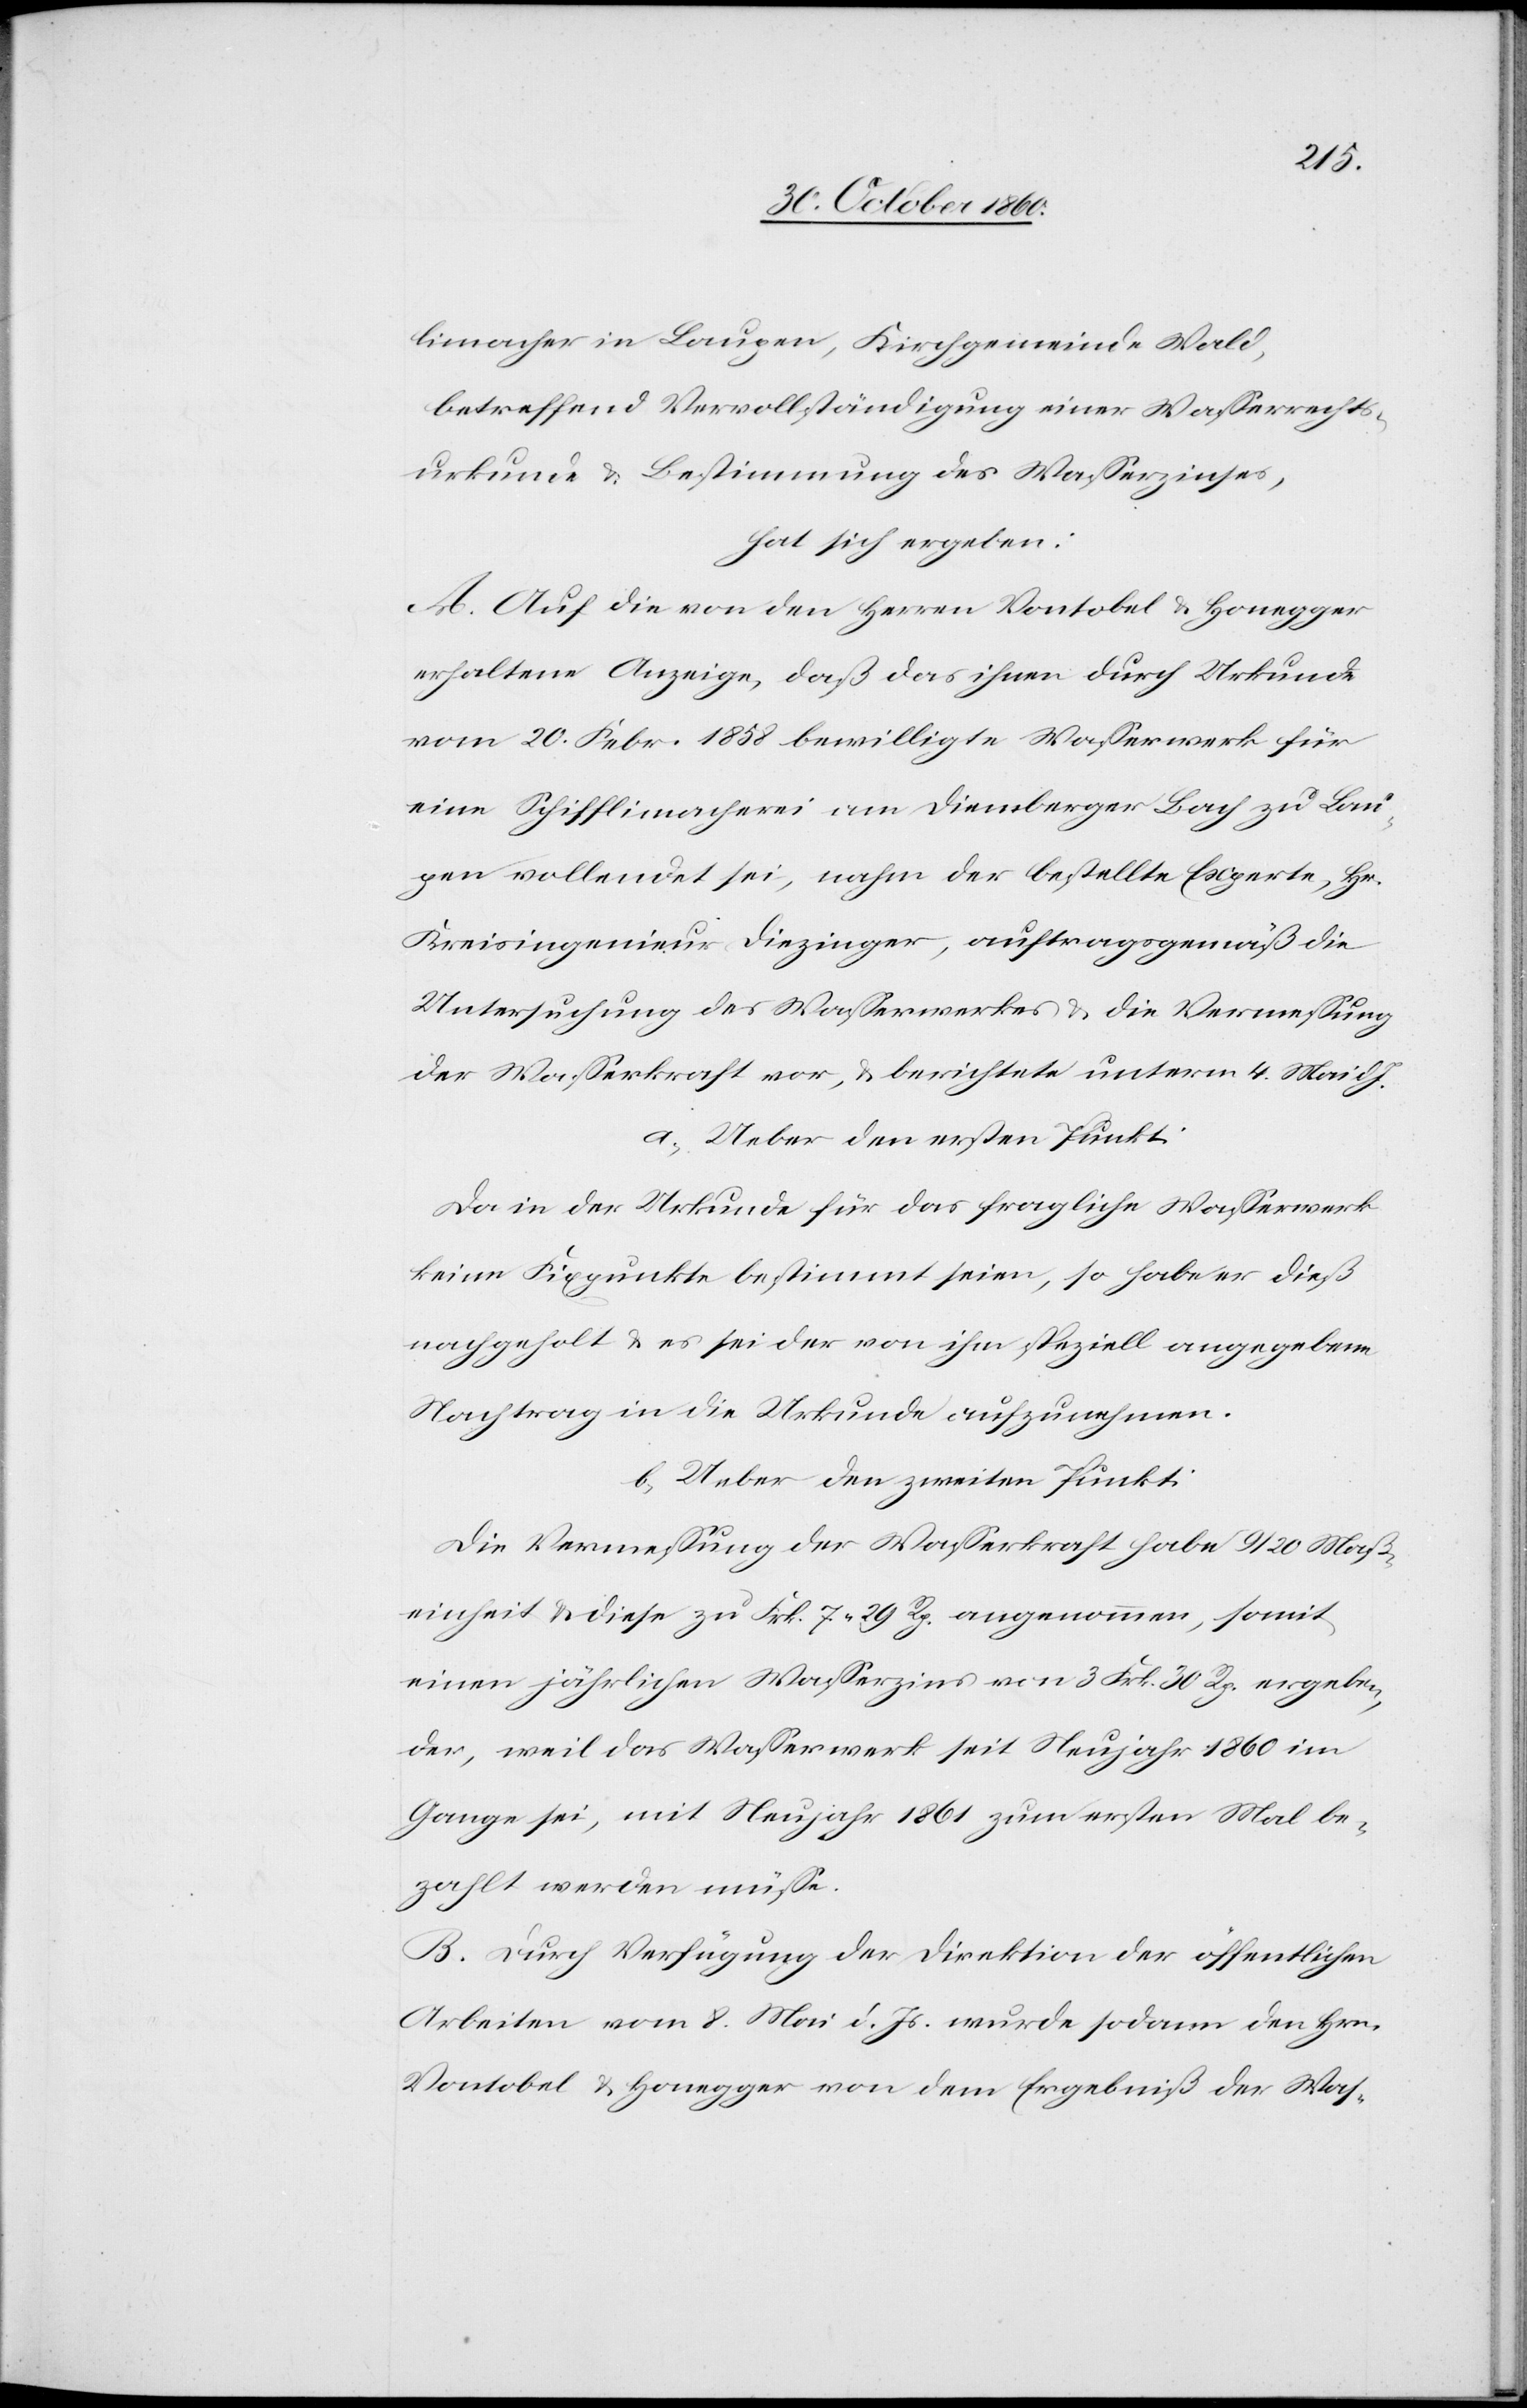
limacher in Laupen, Kirchgemeinde Wald,
betreffend Vervollständigung einer Wasserrechts¬
urkunde u. Bestimmung des Wasserzinses,
hat sich ergeben:
A. Auf die von den Herren Vontobel u. Honegger
erhaltene Anzeige, daß das ihnen durch Urkunde
vom 20. Febr. 1858 bewilligte Wasserwerk für
eine Schifflimacherei am Diemberger Bach zu Lau¬
pen vollendet sei, nahm der bestellte Experte, Hr.
Kreisingenieur Diezinger, auftragsgemäß die
Untersuchung des Wasserwerkes u. die Vermessung
der Wasserkraft vor, u. berichtete unterm 4. Mai d.
a. Ueber den ersten Punkt:
Da in der Urkunde für das fragliche Wasserwerk
keine Fixpunkte bestimmt seien, so habe er dieß
nachgeholt u. es sei der von ihm speziell angegebene
Nachtrag in die Urkunde aufzunehmen.
b. Ueber den zweiten Punkt:
Die Vermessung der Wasserkraft habe 9/20 Maß¬
einheit u. diese zu Frk. 7 29 Rp. angenommen, somit
einen jährlichen Wasserzins von 3 Frk. 30 Rp. ergeben¬
der, weil das Wasserwerk seit Neujahr 1860 im
Gange sei, mit Neujahr 1861 zum erstem Mal be¬
zahlt werden müße.
B. Durch Verfügung der Direktion der öffentlichen
Arbeiten vom 8. Mai d. Js. wurde sodann den Hrn.
Vontobel u. Honegger von dem Ergebniß des Was-